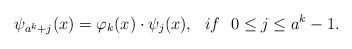
LaTeX: \begin{align*}\psi_{a^k+j}(x)=\varphi_k(x) \cdot \psi_j(x),\ \ if\ \ 0 \leq j \leq a^k-1.\end{align*}